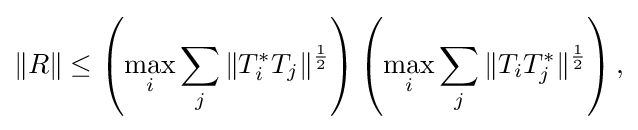
\displaystyle {\|R\|\leq \left(\max _{i}\sum _{j}\|T_{i}^{*}T_{j}\|^{1 \over 2}\right)\left(\max _{i}\sum _{j}\|T_{i}T_{j}^{*}\|^{1 \over 2}\right),}